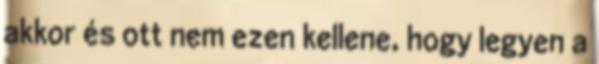
akkor és ott nem ezen kellene, hogy legyen a